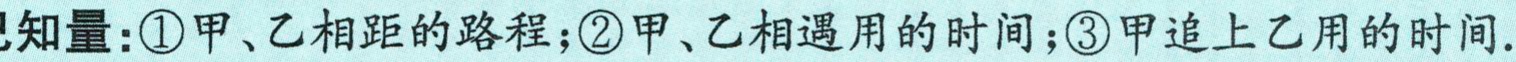
已知量：\textcircled{1}甲、乙相距的路程；\textcircled{2}甲、乙相遇用的时间；\textcircled{3}甲追上乙用的时间.